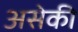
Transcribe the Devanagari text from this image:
असेकी